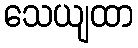
သေယျထာ